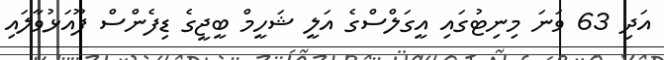
އަދި 63 ވަނަ މިނިޓުގައި އީގަލްސްގެ އަލީ ޝަހީމް ބީޖީގެ ޑިފެންސް ފޫއަޅުވާލައި